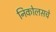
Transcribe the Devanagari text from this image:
निकोलसचे